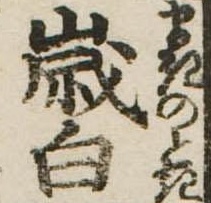
歳白